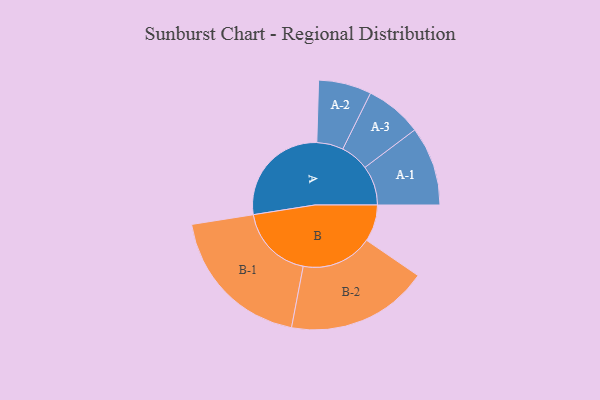
{"axis": {"x": "Segment", "y": "Value"}, "legend": ["", "A", "B"], "data": [{"x": "A", "y": 427, "type": ""}, {"x": "B", "y": 146, "type": ""}, {"x": "A-1", "y": 157, "type": "A"}, {"x": "A-2", "y": 105, "type": "A"}, {"x": "A-3", "y": 113, "type": "A"}, {"x": "B-1", "y": 298, "type": "B"}, {"x": "B-2", "y": 282, "type": "B"}]}